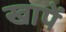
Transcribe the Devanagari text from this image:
खापें